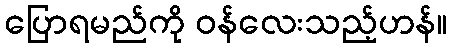
ပြောရမည်ကို ဝန်လေးသည့်ဟန်။